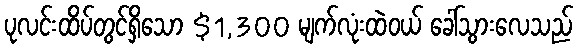
ပုလင်းထိပ်တွင်ရှိသော $1,300 မျက်လုံးထဲဝယ် ခေါ်သွားလေသည်